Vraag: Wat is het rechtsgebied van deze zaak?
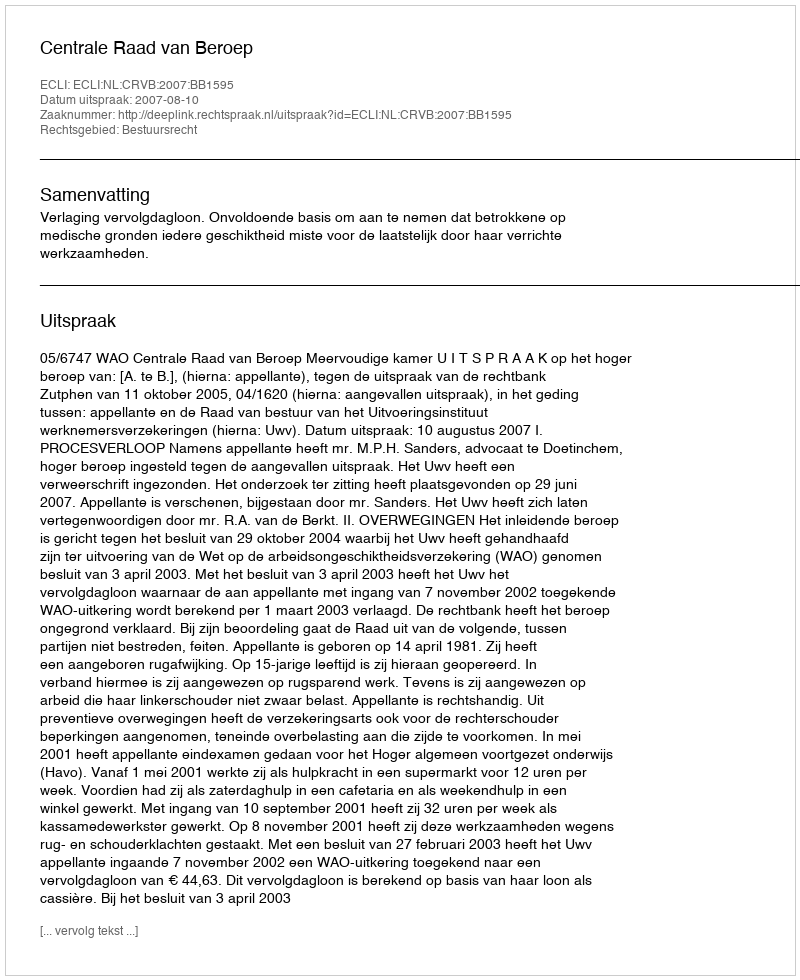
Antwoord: Bestuursrecht